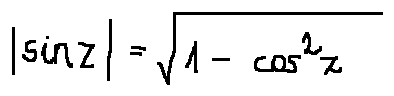
| \sin z | = \sqrt { 1 - \cos ^ { 2 } z }